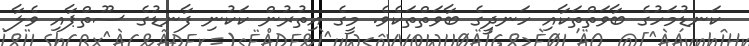
ކަނޑުމަހުގެ ބާވަތްތަކާއި ހަނދީގެ ބާވަތްތަކެވެ. މީގެ އިތުރުން ކަކުނި ފާނޑުގެ ސޫތްޕާއި ވެލާ